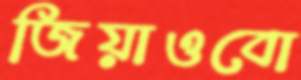
জিয়াওবো